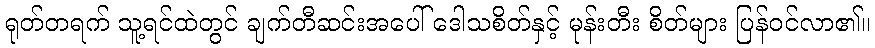
ရုတ်တရက် သူ့ရင်ထဲတွင် ချက်တီဆင်းအပေါ် ဒေါသစိတ်နှင့် မုန်းတီး စိတ်များ ပြန်ဝင်လာ၏။